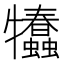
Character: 𤜗